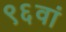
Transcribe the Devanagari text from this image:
९६वां